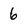
Character: 6